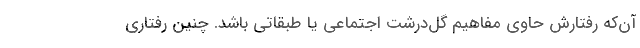
آن‌که رفتارش حاوي مفاهيم گل‌درشت اجتماعي يا طبقاتي باشد. چنين رفتاري